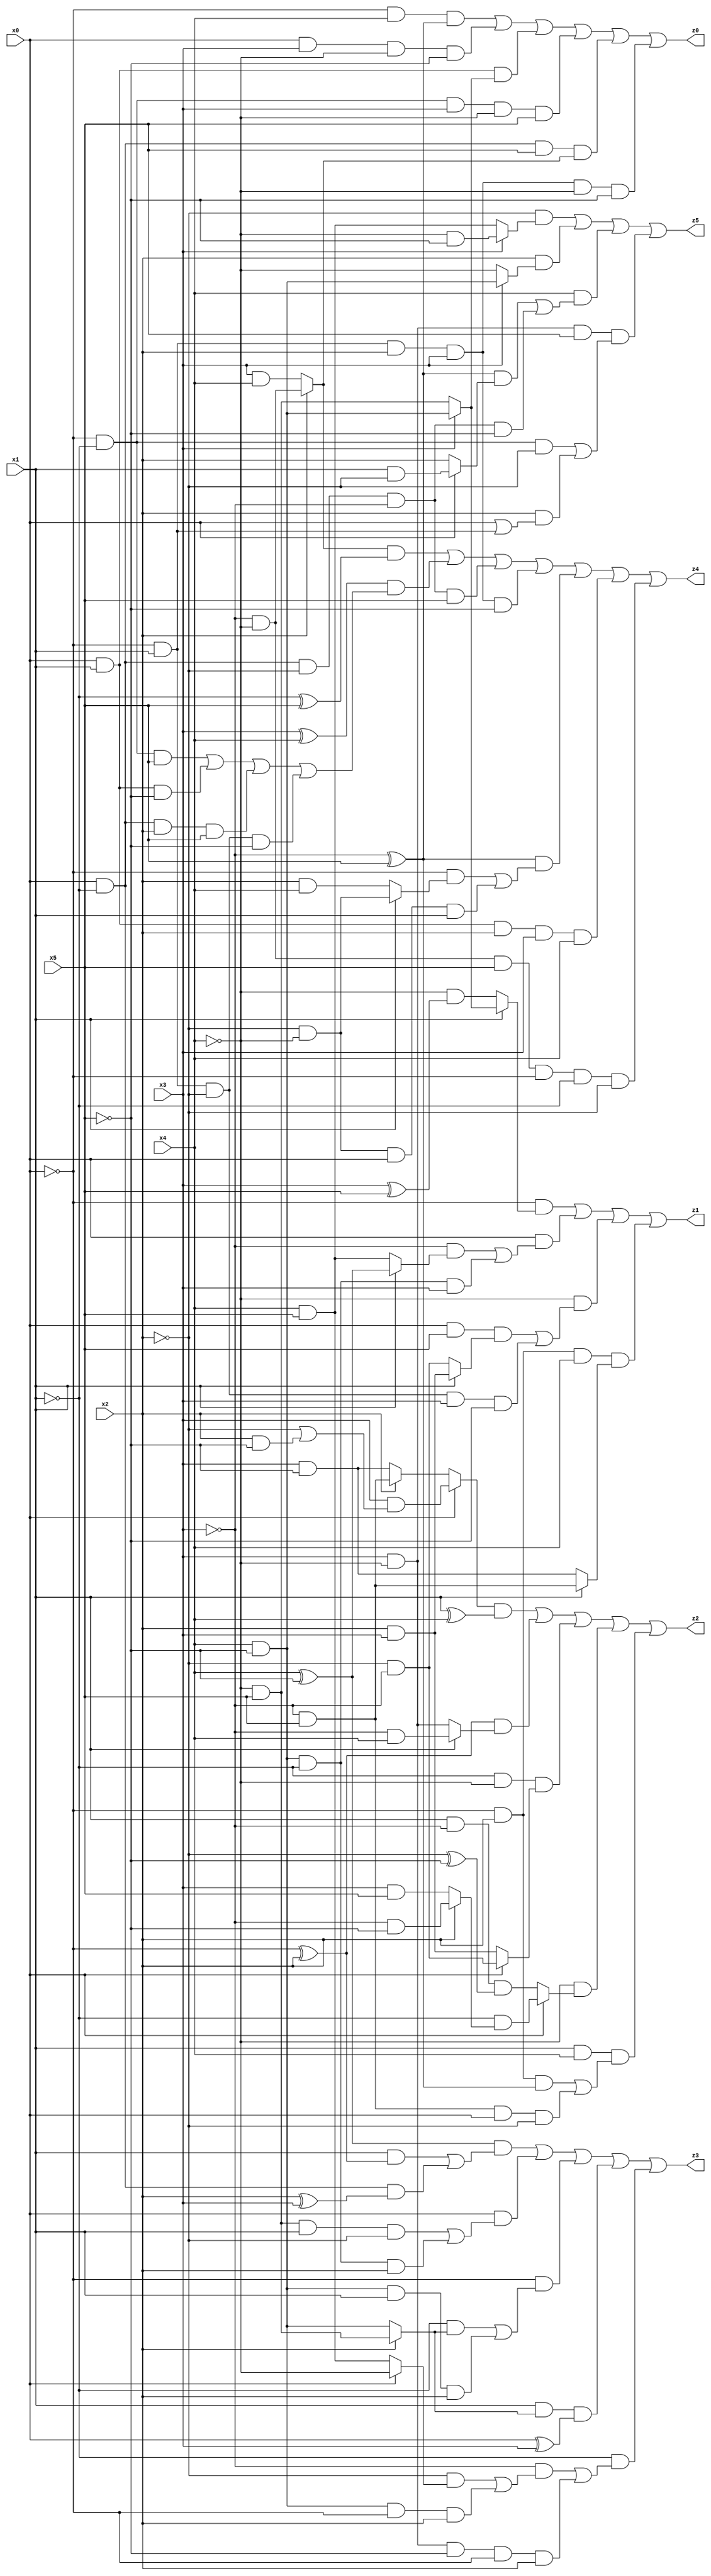
// Benchmark "X_65" written by ABC on Thu Jun 29 03:21:33 2023

module X_65 ( 
    x0, x1, x2, x3, x4, x5,
    z0, z1, z2, z3, z4, z5  );
  input  x0, x1, x2, x3, x4, x5;
  output z0, z1, z2, z3, z4, z5;
  assign z0 = (~x0 & x4 & (~x3 ^ x5)) | (x0 & x3 & ~x4 & ~x5) | (x0 & x1 & (x3 ? (x4 & ~x5) : (~x4 & x5))) | (~x0 & ~x1 & x3 & ~x4 & x5) | (x0 & ~x1 & x5 & (x2 ? (~x3 & ~x4) : (x3 & x4))) | (~x0 & x1 & x2 & x3 & ~x4 & ~x5);
  assign z1 = (~x0 & (x1 ? (x3 ? (x4 & ~x5) : (~x4 & x5)) : (~x4 & (x3 ^ x5)))) | (x0 & ((~x3 & (x1 ? (x4 ^ ~x5) : (x4 & x5))) | (x4 & ~x5 & ~x1 & x3))) | (~x4 & ((x0 & x5 & (x1 ? (x2 & x3) : (~x2 & ~x3))) | (~x0 & x1 & ~x2 & x3 & ~x5))) | (~x0 & x2 & x4 & (x1 ? (~x3 & x5) : (x3 & ~x5)));
  assign z2 = ((x0 ? (x3 & (~x2 | (x2 & ~x5))) : (x2 ? (~x3 & x5) : (x3 & ~x5))) & (x1 ^ x4)) | ((~x0 ^ x2) & (x1 ? (~x3 & x4) : (x3 & ~x4))) | (~x1 & ~x4 & (x0 ? (~x2 & ~x3) : (x2 & x3))) | (~x4 & (x0 ? (~x1 & (x2 ? (~x3 & ~x5) : (x3 & x5))) : (x1 & ~x3 & (~x2 ^ ~x5)))) | (x1 & x4 & ((~x0 & x2 & (~x3 ^ x5)) | (~x3 & x5 & x0 & ~x2)));
  assign z3 = ((x4 ^ ~x5) & ((x1 & (~x0 ^ x2)) | (x0 & ~x1 & (x2 ^ x3)))) | (x0 & ((~x4 & x5 & x1 & ~x2) | (x4 & ~x5 & ~x1 & x2))) | (~x0 & ((~x1 & (x2 ? (~x4 & x5) : (x4 & ~x5))) | (x4 & ~x5 & x1 & x2))) | (x1 & (x2 ? (~x4 & x5) : (x4 & ~x5)) & (x0 ^ x3)) | (~x1 & ((~x3 & ((~x2 & (x0 ? ~x4 : (x4 & x5))) | (x4 & ~x5 & ~x0 & x2))) | (x3 & ~x4 & ~x5 & ~x0 & x2)));
  assign z4 = ((x2 ? (~x3 & ~x4) : (x3 & x4)) & (~x1 ^ x5)) | ((x3 ^ x4) & ((~x0 & ~x1 & x5) | (x0 & x1 & ~x5) | (x0 & ~x1 & x2 & x5) | (~x0 & x1 & ~x2 & ~x5))) | (x0 & ~x1 & ~x2 & ~x3 & x5) | (~x0 & x1 & x2 & x3 & ~x5) | ((~x3 ^ x5) & ((~x0 & (x1 ? (~x2 & ~x4) : (x2 & x4))) | (~x2 & ~x4 & x0 & x1))) | (x0 & x1 & x2 & x3 & x4) | (~x3 & ~x4 & x5 & ~x0 & ~x1 & ~x2);
  assign z5 = (~x2 & (x3 ? (~x4 & ~x5) : (x4 & x5))) | (x2 & (x3 ? (x4 & ~x5) : ~x4)) | (x4 & (((~x3 ^ x5) & (x0 ? (x1 & ~x2) : x2)) | (x0 & ~x1 & ~x2 & ~x3 & ~x5))) | (x3 & ~x4 & x5 & ((~x0 & ~x1 & ~x2) | (x2 & (x0 | (~x0 & x1)))));
endmodule